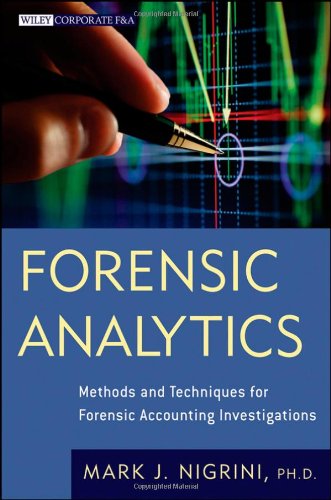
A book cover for Forensic Analytics: Methods and Techniques for Forensic Accounting Investigations; Mark Nigrini; Medical Books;